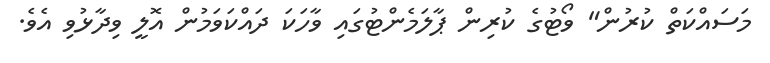
މަސަައްކަތް ކުރުން" ވޯޓުގެ ކުރިން ޕާލަމެންޓުގައި ވާހަކަ ދައްކަވަމުން އޮލީ ވިދާޅުވި އެވެ.